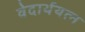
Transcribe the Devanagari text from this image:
वेदार्थयत्न